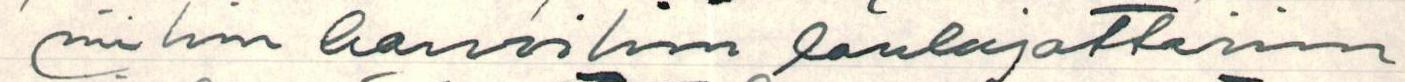
niihin harvoihin laulajattariin